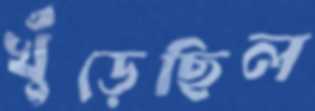
খুঁড়েছিল